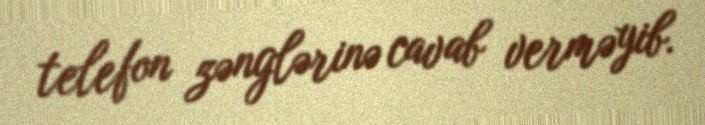
telefon zənglərinə cavab verməyib.